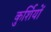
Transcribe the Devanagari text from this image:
कुर्शियों